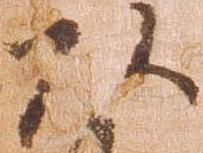
頭